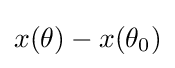
x(\theta )-x(\theta _{0})